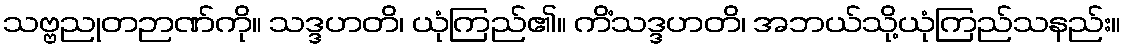
သဗ္ဗညုတဉာဏ်ကို။ သဒ္ဒဟတိ၊ ယုံကြည်၏။ ကိံသဒ္ဒဟတိ၊ အဘယ်သို့ယုံကြည်သနည်း။